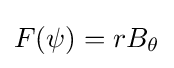
F(\psi )=rB_{\theta }